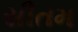
સીતમ